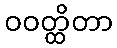
ဝဝတ္ထိတာ